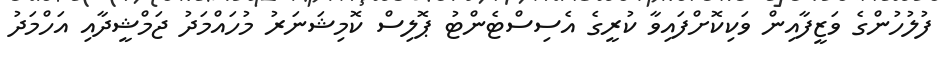
ފުލުހުންގެ ވަޒީފާއިން ވަކިކޮށްފައިވާ ކުރީގެ އެސިސްޓެންޓު ޕޮލިސް ކޮމިޝަނަރު މުހައްމަދު ޖަމްޝީދާއި އަހްމަދު